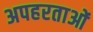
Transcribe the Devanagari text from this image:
अपहरताओं